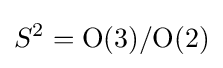
S^{2}={\mathrm {O} (3)}/{\mathrm {O} (2)}